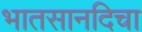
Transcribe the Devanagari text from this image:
भातसानदिचा